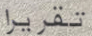
تقريرا